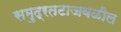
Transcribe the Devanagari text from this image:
समुद्रतटाजवळील